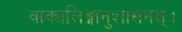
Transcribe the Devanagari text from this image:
वाक्यलिङ्गानुशासनम्।